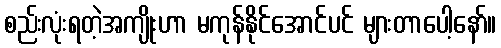
စည်းလုံးရတဲ့အကျိုးဟာ မကုန်နိုင်အောင်ပင် များတာပေါ့နော်။